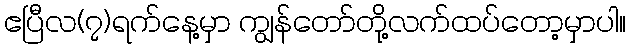
ဧပြီလ(၇)ရက်နေ့မှာ ကျွန်တော်တို့လက်ထပ်တော့မှာပါ။